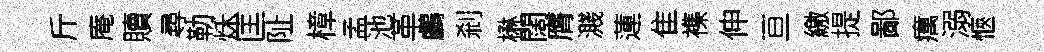
斤庵贖尋勒秌匡阯樟孟池革鸕剎楙闊膺濺蓮隹襍伸亘繳提鄙癘溺愜